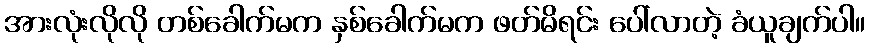
အားလုံးလိုလို တစ်ခေါက်မက နှစ်ခေါက်မက ဖတ်မိရင်း ပေါ်လာတဲ့ ခံယူချက်ပါ။